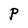
Character: P